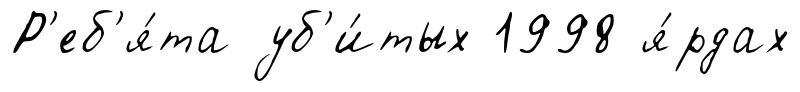
Р'еб'я́та уб'и́тых 1998 я́рдах